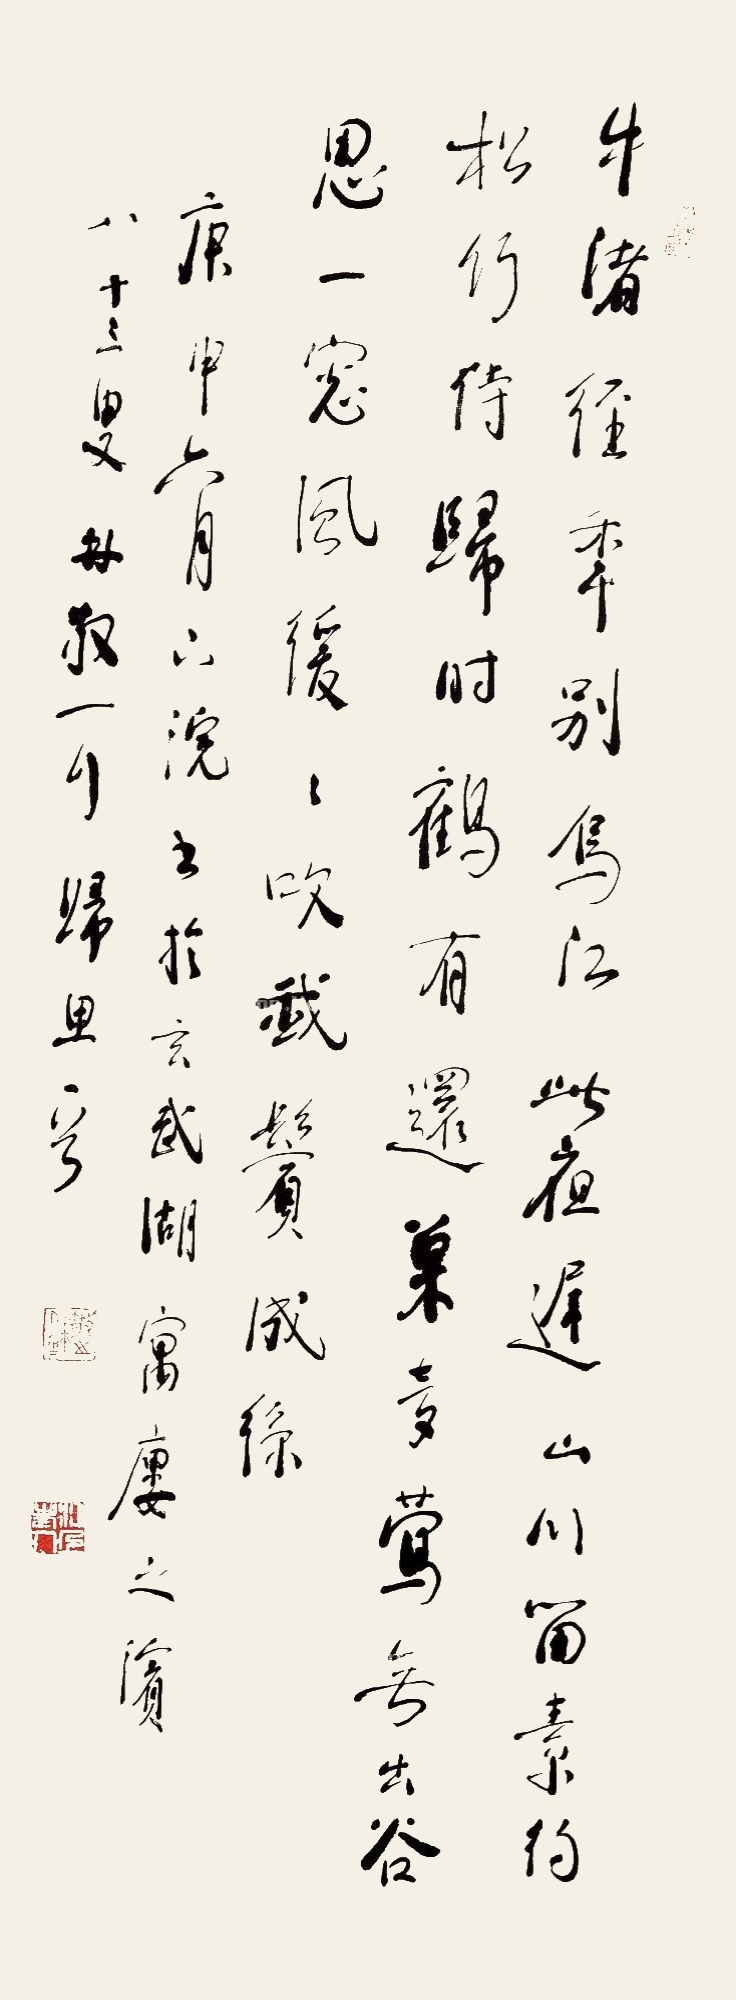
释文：牛渚经年别，乌江此夜迟。山川留素约，松竹待归时。鹤有还巢梦，莺无出谷思。一窗风缓缓，吹我鬓成丝。庚申（1980）六月下浣，书于玄武湖寓楼之滨，八十三叟林散耳归思一首。